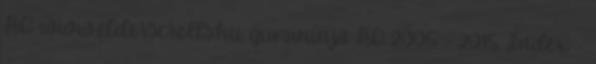
HQ www.elderscrolls.hu gumininja HQ 2005 - 2015. Index -